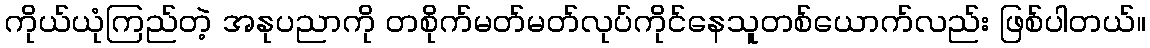
ကိုယ်ယုံကြည်တဲ့ အနုပညာကို တစိုက်မတ်မတ်လုပ်ကိုင်နေသူတစ်ယောက်လည်း ဖြစ်ပါတယ်။